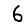
Digit: 6